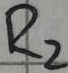
Text: R2